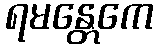
ရမန္တေကေ